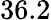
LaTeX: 36.2